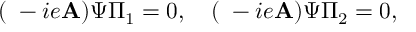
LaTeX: ( \mathbf { \nabla } - i e \mathbf { A } ) \Psi \Pi _ { 1 } = 0 , \quad ( \mathbf { \nabla } - i e \mathbf { A } ) \Psi \Pi _ { 2 } = 0 ,